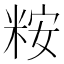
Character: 𫃀